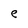
Character: e